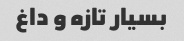
بسیار تازه و داغ